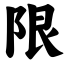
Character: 限